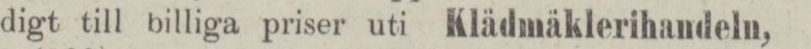
digt till billiga priser uti Klädmäklerihandeln,